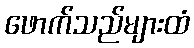
ဖောက်သည်များထံ